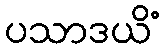
ပသာဒယိံ